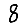
Digit: 8